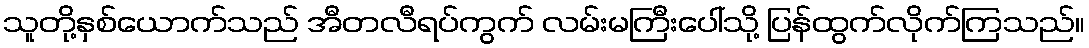
သူတို့နှစ်ယောက်သည် အီတလီရပ်ကွက် လမ်းမကြီးပေါ်သို့ ပြန်ထွက်လိုက်ကြသည်။